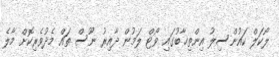
ލޯކަލް ކައުންސިލު އިންތިޚާބުގައި ވޯޓް ލަމުން ދާއިރު ނޫސް ތައް މެދުވެރިކޮށް މާލެ